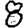
Digit: 8